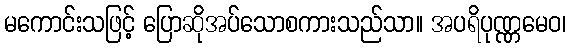
မကောင်းသဖြင့် ပြောဆိုအပ်သောစကားသည်သာ။ အပရိပုဏ္ဏမေဝ၊